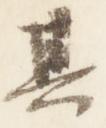
其